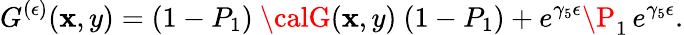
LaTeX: G^{(\epsilon)}(\mathbf{x},y)=(1-P_{1})\ {\calG}(\mathbf{x},y)\ (1-P_{1})+e^{\gamma_{5}\epsilon}\P_{1}\, e^{\gamma_{5}\epsilon}.